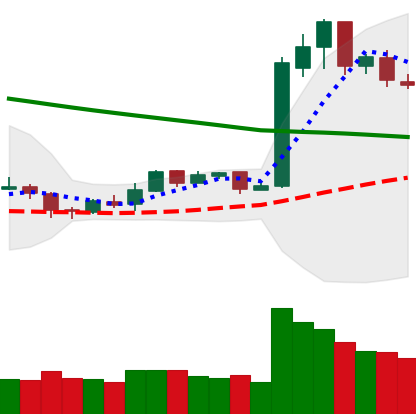
Ticker: LTC-USD
Chart end date: 2019-02-14
Forward return: 14.947%
Label: up_7plus